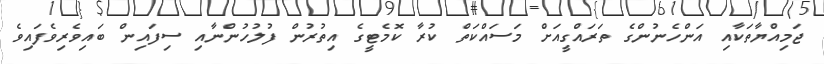
ޖަމިއްޔާތަކާއި އަންހެނުންގެ ތަރައްގީއަށް މަސައްކަތް ކުރާ ކޮމެޓީގެ އިތުރުން ފުލުހުންނާއި ސިފައިން ބައިވެރިވެފައިވެ